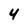
Character: 4